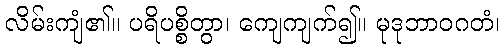
လိမ်းကျံ၏။ ပရိပစ္စိတွာ၊ ကျေကျက်၍။ မုဒုဘာဝဂတံ၊